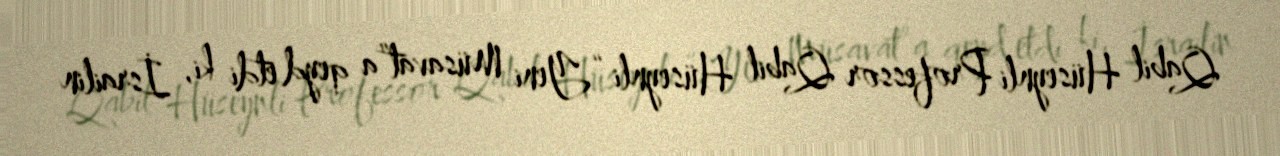
Qabil Hüseynli Professor Qabil Hüseynli “Yeni Müsavat”a qeyd etdi ki, İsrailin